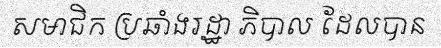
សមាជិក ប្រឆាំងរដ្ឋា ភិបាល ដែលបាន